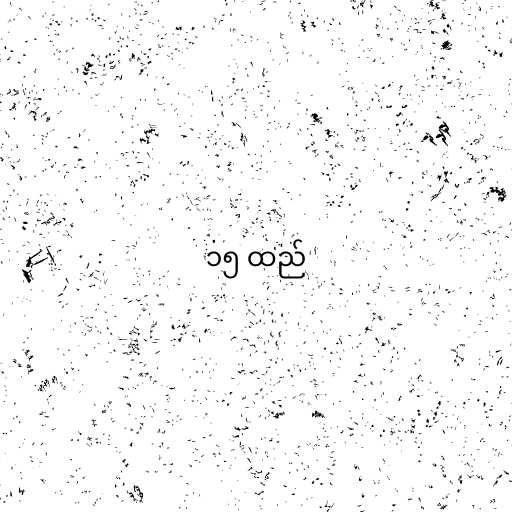
၁၅ ထည်